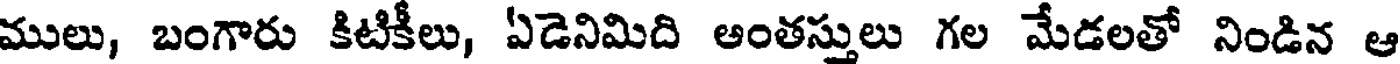
ములు, బంగారు కిటికీలు, ఏడెనిమిది అంతస్తులు గల మేడలతో నిండిన ఆ